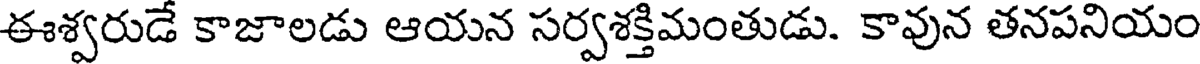
ఈశ్వరుడే కాజాలడు ఆయన సర్వశక్తిమంతుడు. కావున తనపనియం